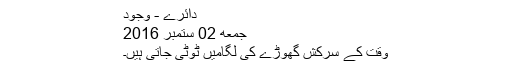
دائرے - وجود
جمعه 02 ستمبر 2016
وقت کے سرکش گھوڑے کی لگامیں ٹوٹی جاتی ہیں۔